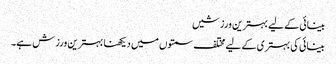
بینائی کے لیے بہترین ورزشیں
بینائی کی بہتری کے لیے مختلف سمتوں میں دیکھنا بہترین ورزش ہے۔